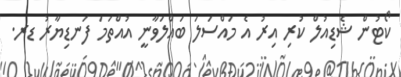
ކޯޓުން ޝެޑިއުލް ކުރި އިރު އެ މައްސަލަ ބައްލަވާނީ އުއްތަމަ ފަނޑިޔާރު ޑރ.